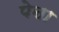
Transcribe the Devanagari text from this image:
पेऩा